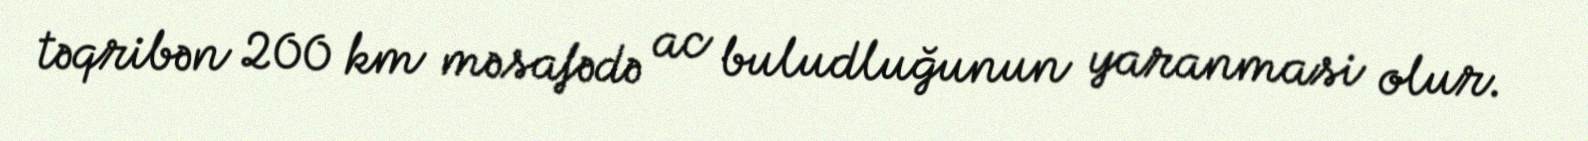
təqribən 200 km məsafədə ac buludluğunun yaranmasi olur.